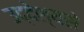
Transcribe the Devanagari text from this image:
उद्देश्‍यसे